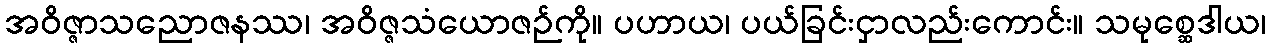
အဝိဇ္ဇာသညောဇနဿ၊ အဝိဇ္ဇသံယောဇဉ်ကို။ ပဟာယ၊ ပယ်ခြင်းငှာလည်းကောင်း။ သမုစ္ဆေဒါယ၊